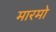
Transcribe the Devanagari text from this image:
मारमो